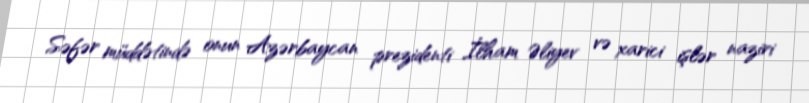
Səfər müddətində onun Azərbaycan prezidenti İlham Əliyev və xarici işlər naziri